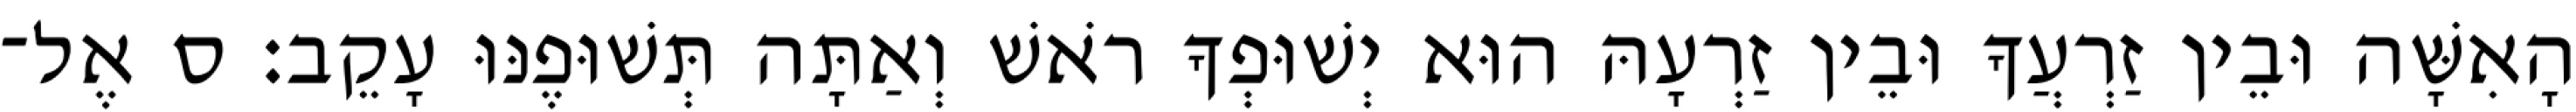
הָאִשָּׁה וּבֵין זַרְעֲךָ וּבֵין זַרְעָהּ הוּא יְשׁוּפְךָ רֹאשׁ וְאַתָּה תְּשׁוּפֶנּוּ עָקֵב׃ ס אֶל־